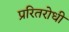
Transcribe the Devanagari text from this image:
प्ररितरोधी